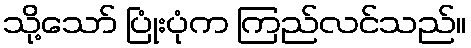
သို့သော် ပြုံးပုံက ကြည်လင်သည်။